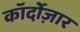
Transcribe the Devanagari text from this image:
कॉर्दोज़ार